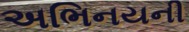
અભિનયની